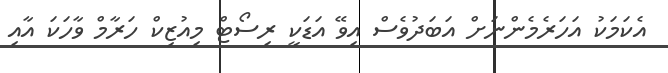
އެކަމަކު އަހަރެމެންނަށް އަބަދުވެސް އިވޭ އަޑަކީ ރިސޯޓް މިއުޒިކް ހަރާމް ވާހަކަ އާއި